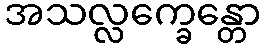
အသလ္လက္ခေန္တော